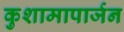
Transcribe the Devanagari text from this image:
कुशामापार्जन